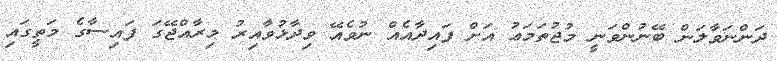
ދަންނަވާލަން ބޭނުންވަނީ މުޖުތަމަޢު އަށް ފައިދާއެއް ނުވެއޭ ވިދާޅުވާއިރު މިރާއްޖޭގަ ފައިސާގެ މަތީގައި